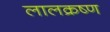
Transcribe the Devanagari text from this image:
लालक्रष्ण